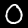
Digit: 0